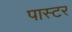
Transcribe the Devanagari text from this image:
पास्‍टर